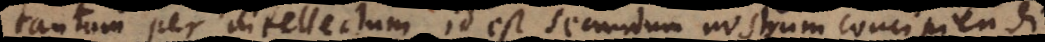
tantum per intellectum, id est secundum nostrum concipiendi